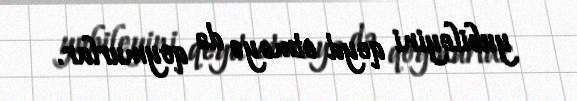
yubileyini qeyd etməyə də qoymurlar.